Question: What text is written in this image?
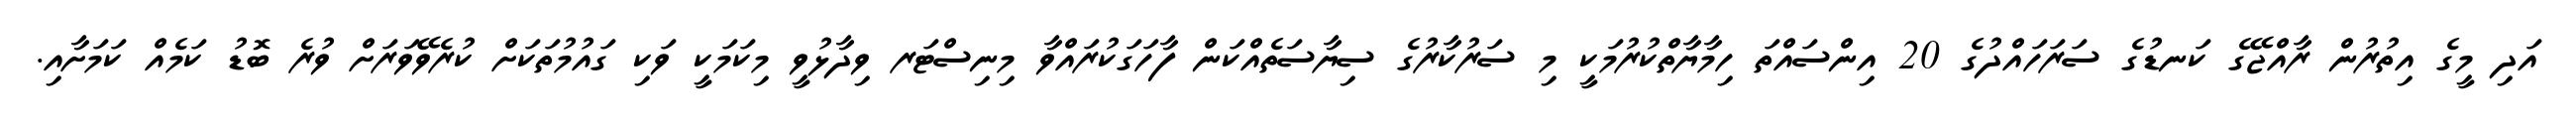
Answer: އަދި މީގެ އިތުރުން ރާއްޖޭގެ ކަނޑުގެ ސަރަހައްދުގެ 20 އިންސައްތަ ހިމާޔާތްކުރުމަކީ މި ސަރުކާރުގެ ސިޔާސަތެއްކަން ފާހަގަކުރައްވާ މިނިސްޓަރ ވިދާޅުވީ މިކަމަކީ ވަކި ގައުމުތަކަށް ކުރެވޭވަރަށް ވުރެ ބޮޑު ކަމެއް ކަމަށާއި.